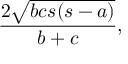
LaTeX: { \frac { 2 { \sqrt { b c s ( s - a ) } } } { b + c } } ,